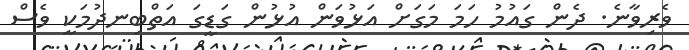
ވެރިވާނެ. ދެން ގައުމު ހަމަ މަގަށް އަޅުވަން އުޅުން ގަޑީގަ އަތްބިނދުމަކީ ވެސް